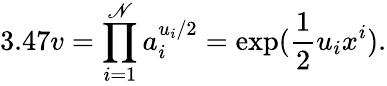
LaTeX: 3.47v=\prod_{i=1}^{\mathscr{N}}a_{i}^{u_{i}/2}=\exp(\frac{{1}}{{2}}u_{i}x^{i}).